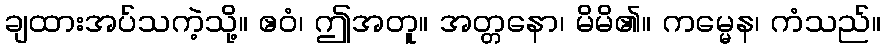
ချထားအပ်သကဲ့သို့။ ဧဝံ၊ ဤအတူ။ အတ္တနော၊ မိမိ၏။ ကမ္မေန၊ ကံသည်။